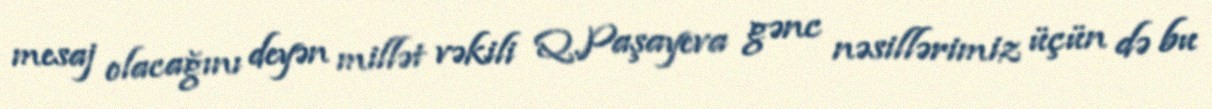
mesaj olacağını deyən millət vəkili Q.Paşayeva gənc nəsillərimiz üçün də bu